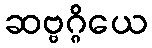
ဆဗ္ဗဂ္ဂိယေ